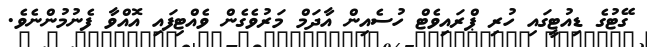
ގޭޓުގެ ޑިއުޓީގައި ހުރި ޕްރައިވެޓް ހުސެއިން އާދަމް މަރުވެގެން ވެއްޓިފައި އޮއްވާ ފެނުމުންނެވެ.